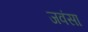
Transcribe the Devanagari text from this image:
जवंसा